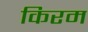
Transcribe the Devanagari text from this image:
किरम